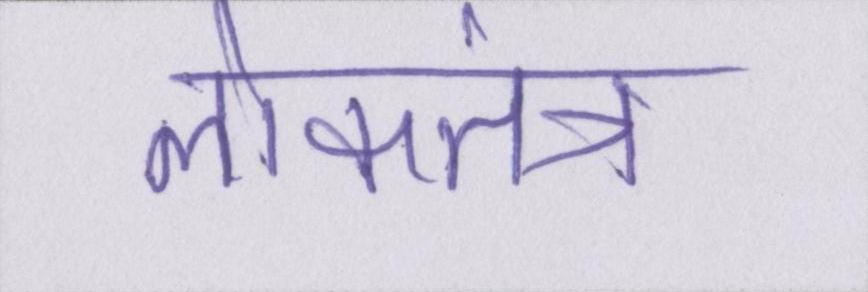
लोकतंत्र